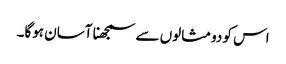
اس کو دومثالوں سے سمجھنا آسان ہوگا۔